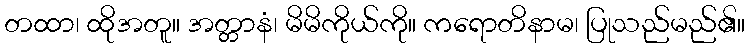
တထာ၊ ထိုအတူ။ အတ္တာနံ၊ မိမိကိုယ်ကို။ ကရောတိနာမ၊ ပြုသည်မည်၏။